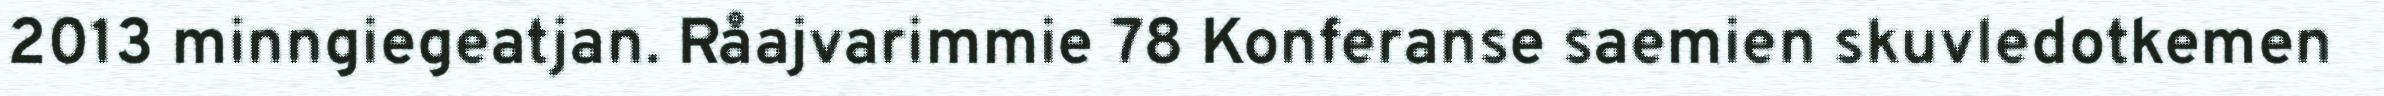
2013 minngiegeatjan. Råajvarimmie 78 Konferanse saemien skuvledotkemen